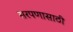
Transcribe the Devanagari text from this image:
सरपणासाठी